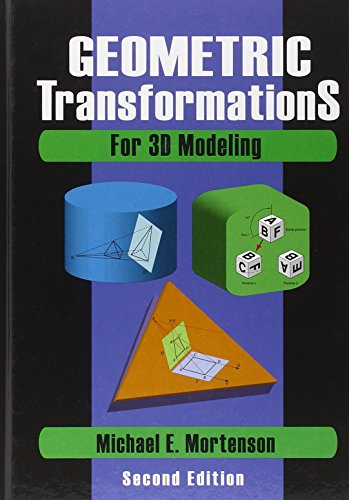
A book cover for Geometric Transformations for 3D Modeling; Michael Mortenson; Science & Math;